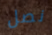
نصل